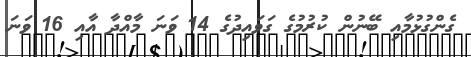
ގެންގުޅުމާއި ބޭނުން ކުރުމުގެ ގަވައިދުގެ 14 ވަނަ މާއްދާ އާއި 16 ވަނަ